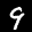
Label: 9